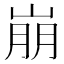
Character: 崩